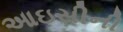
આઇસીની